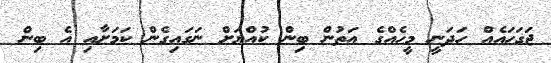
ޖަގަހައެއް ހަދަނީ މީހެއްގެ އަތުން ބިން ކުއްޔަށް ނަގައިގެން ކަމަށާއި އެ ބިން